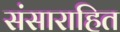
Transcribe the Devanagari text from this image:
संसाराहित